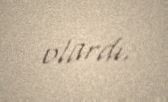
olardı.